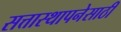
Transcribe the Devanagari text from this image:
सत्तास्थापनेसाठी